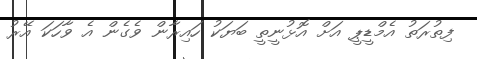
ފިތުރަތު އެމްޑީޕީ އަށް އޮޅުނީތީ ބަޔަކު ހައިރާން ވެގެން އެ ވާހަކަ އޭރު